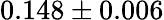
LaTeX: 0.148\pm 0.006